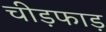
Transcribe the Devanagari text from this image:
चीड़फाड़